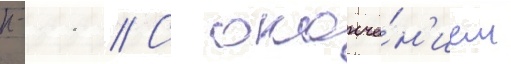
н-11 // С оконча́н'ием